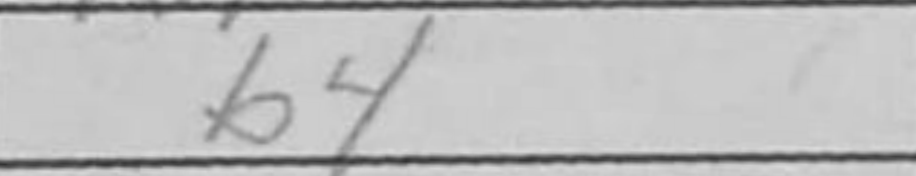
Transcription: b4